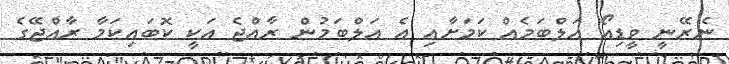
ނެރޭނީ ވީޑިއޯ އަލްބަމެއް ކަމަށާއި އެ އަލްބަމުން ރާއްޖެ އަކީ ކޮބައިކަމާ ރާއްޖޭގެ